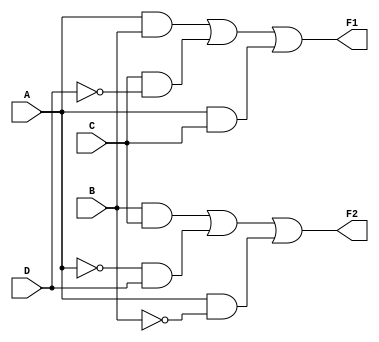
module combinational_logic (
    input wire A,    // Input A
    input wire B,    // Input B
    input wire C,    // Input C
    input wire D,    // Input D
    output wire F1,  // Output F1
    output wire F2   // Output F2
);

// Using hybrid minimization techniques
// Hybrid simplified expressions (these are hypothetical and should be derived from the actual truth table and K-map!)

assign F1 = (A & B) | (C & ~D) | (A & C);  // Example minimized logic for output F1
assign F2 = (B & C) | (~A & D) | (A & ~B); // Example minimized logic for output F2

endmodule